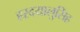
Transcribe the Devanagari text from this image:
हरदयालुसिंह